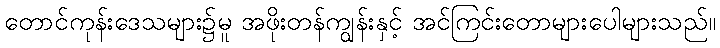
တောင်ကုန်းဒေသများ၌မူ အဖိုးတန်ကျွန်းနှင့် အင်ကြင်းတောများပေါများသည်။